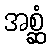
အစ္ဆံ